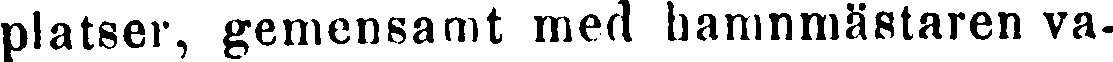
platser, gemensamt med hamnmästaren va-